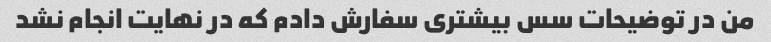
من در توضیحات سس بیشتری سفارش دادم که در نهایت انجام نشد